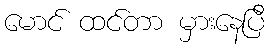
မောင် ထင်တာ မှားနေပြီ